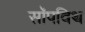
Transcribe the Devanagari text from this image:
सॉपविथ